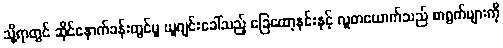
သို့ရာတွင် ဆိုင်နောက်ခန်းတွင်မူ ယူဂျင်းခေါ်သည့် ခြေထော့နင်းနှင့် လူတယောက်သည် စာရွက်များကို